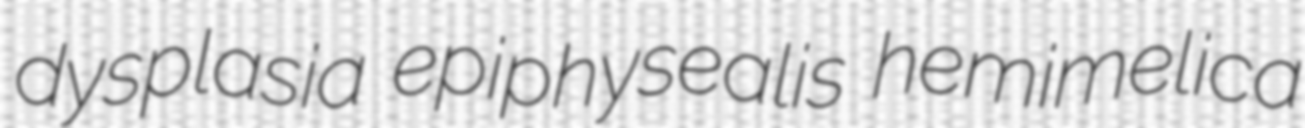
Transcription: dysplasia epiphysealis hemimelica